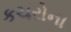
કચરોના